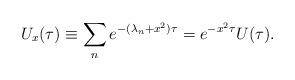
LaTeX: \begin{align*}U_{x}(\tau) \equiv \sum_{n}e^{-(\lambda_{n}+x^{2})\tau}=e^{-x^{2}\tau}U(\tau).\end{align*}